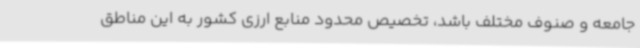
جامعه و صنوف مختلف باشد، تخصیص محدود منابع ارزی کشور به این مناطق